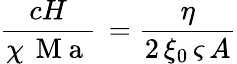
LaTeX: \frac{cH}{\chi\, \mathrm{~M~a~}}\, =\frac{\eta}{2\, \xi_{0}\, \varsigma\, A}